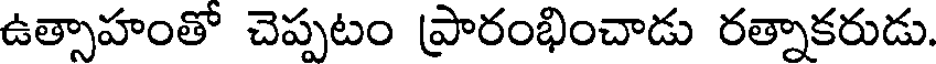
ఉత్సాహంతో చెప్పటం ప్రారంభించాడు రత్నాకరుడు.